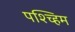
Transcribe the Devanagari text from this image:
पश्च्हिम